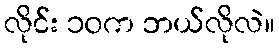
လိုင်း ၁၀က ဘယ်လိုလဲ။